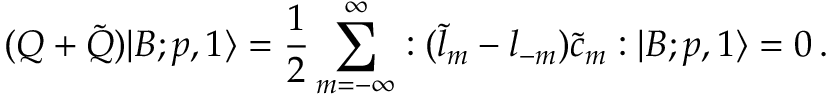
( { \cal Q } + \tilde { \cal Q } ) | B ; p , 1 \rangle = \frac { 1 } { 2 } \sum _ { m = - \infty } ^ { \infty } : ( \tilde { l } _ { m } - { l } _ { - m } ) \tilde { c } _ { m } : | B ; p , 1 \rangle = 0 \, .